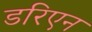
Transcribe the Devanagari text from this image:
डरिएन